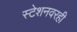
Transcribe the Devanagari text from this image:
स्टेशनवरही